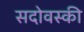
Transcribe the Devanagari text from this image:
सदोवस्की